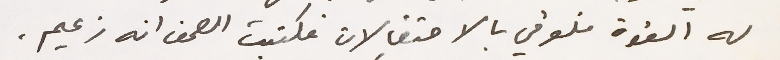
له القوة فلوقي بالاحتفالات فكتبت الصحف انه زعيم.